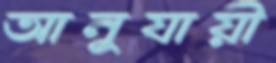
আনুযায়ী